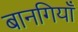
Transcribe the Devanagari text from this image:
बानगियाँ